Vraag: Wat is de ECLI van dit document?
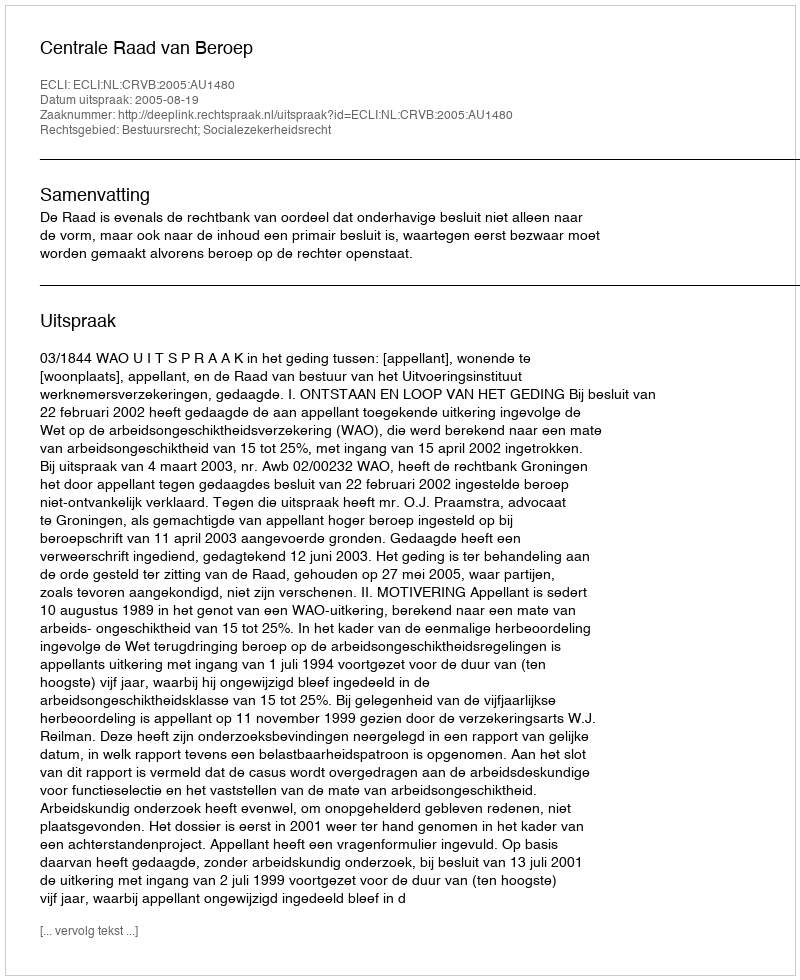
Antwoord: ECLI:NL:CRVB:2005:AU1480